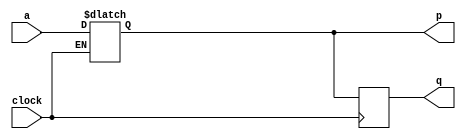
module top_module (
    input clock,
    input a,
    output reg p,
    output reg q );
    
    always @(clock)
        if(clock)
            p<= a;
    always @(negedge clock)
        	q<=p;

endmodule